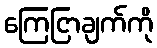
ကြေငြာချက်ကို